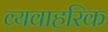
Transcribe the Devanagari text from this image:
व्यवाहरिक